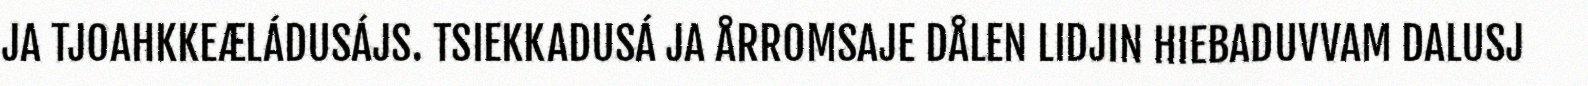
JA TJOAHKKEÆLÁDUSÁJS. TSIEKKADUSÁ JA ÅRROMSAJE DÅLEN LIDJIN HIEBADUVVAM DALUSJ